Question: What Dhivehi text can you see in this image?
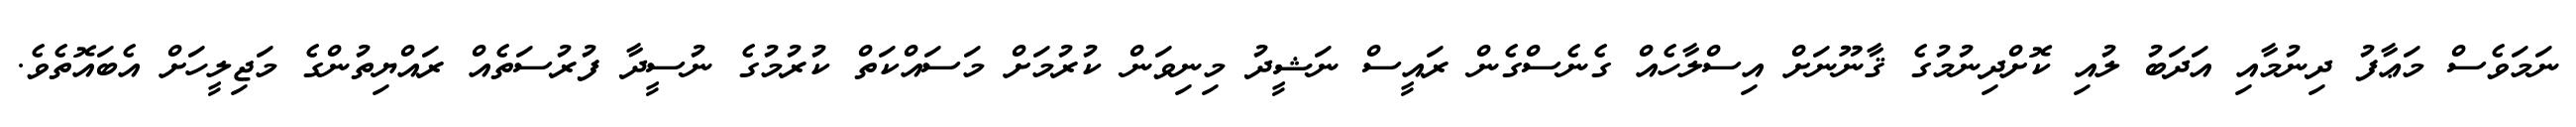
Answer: ނަމަވެސް މަޢާފު ދިނުމާއި އަދަބު ލުއި ކޮށްދިނުމުގެ ޤާނޫނަށް އިސްލާހެއް ގެނެސްގެން ރައީސް ނަޝީދު މިނިވަން ކުރުމަށް މަސައްކަތް ކުރުމުގެ ނުސީދާ ފުރުސަތެއް ރައްޔިތުންގެ މަޖިލީހަށް އެބައޮތެވެ.